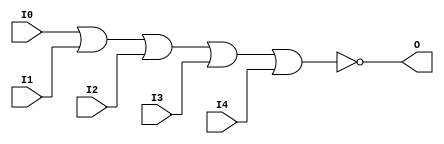
// $Header: /devl/xcs/repo/env/Databases/CAEInterfaces/verunilibs/data/uni9000/NOR5.v,v 1.4 2007/05/23 20:05:09 patrickp Exp $
///////////////////////////////////////////////////////////////////////////////
// Copyright (c) 1995/2004 Xilinx, Inc.
// All Right Reserved.
///////////////////////////////////////////////////////////////////////////////
//   ____  ____
//  /   /\/   /
// /___/  \  /    Vendor : Xilinx
// \   \   \/     Version : 7.1i (H.19)
//  \   \         Description : Xilinx Functional Simulation Library Component
//  /   /                  5-input NOR Gate
// /___/   /\     Filename : NOR5.v
// \   \  /  \    Timestamp : Thu Mar 25 16:42:06 PST 2004
//  \___\/\___\
//
// Revision:
//    03/23/04 - Initial version.
//    05/23/07 - Changed timescale to 1 ps / 1 ps.

`timescale  1 ps / 1 ps

`celldefine

module NOR5 (O, I0, I1, I2, I3, I4);


    output O;

    input  I0, I1, I2, I3, I4;

    nor O1 (O, I0, I1, I2, I3, I4);

    specify
	(I0 *> O) = (0, 0);
	(I1 *> O) = (0, 0);
	(I2 *> O) = (0, 0);
	(I3 *> O) = (0, 0);
	(I4 *> O) = (0, 0);
    endspecify

endmodule

`endcelldefine